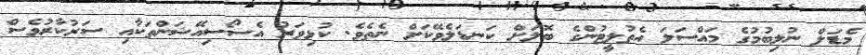
މެޑަލް ނުލިބުމުގެ މައްސަލަ އެތުލީޓުންގެ ބޮލަށް ކަނޑަލެވޭކަށް ނެތެވެ. ކުޅިވަރު އެސޯސިއޭޝަންތަކާއި ސަރުކާރުވެސް